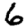
Digit: 6